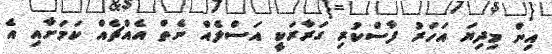
އިން މިދިޔަ އަހަރު ފާސްކުރި ގަރާރަކީ އަސްލެއް ނެތް އެއްޗެއް ކަމަށާއި އެ